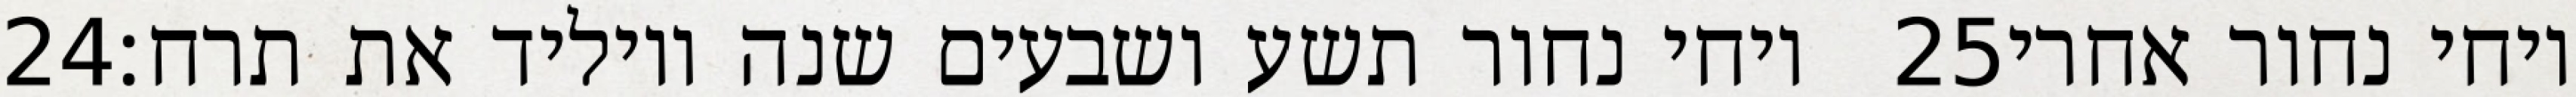
‎24‏ ויחי נחור תשע ושבעים שנה ויוליד את תרח׃ ‎25‏ ויחי נחור אחרי